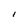
Character: I